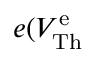
e ( V _ { \mathrm { T h } } ^ { \mathrm { e } }